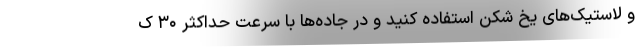
و لاستیک‌های یخ شکن استفاده کنید و در جاده‌ها با سرعت حداکثر ۳۰ ک